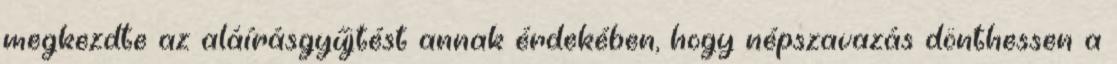
megkezdte az aláírásgyűjtést annak érdekében, hogy népszavazás dönthessen a